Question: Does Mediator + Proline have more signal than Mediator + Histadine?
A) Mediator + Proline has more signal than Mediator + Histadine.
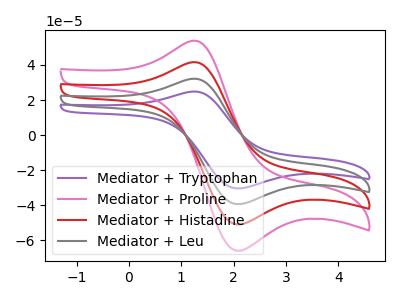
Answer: <think>The purple curve "Mediator + Tryptophan" has an anodic peak at (1.20V, 124.30uA) and a cathodic peak at (2.05V, -152.80uA). The pink curve "Mediator + Proline" has an anodic peak at (1.20V, 53.60uA) and a cathodic peak at (2.05V, -65.95uA). The red curve "Mediator + Histadine" has an anodic peak at (1.20V, 41.45uA) and a cathodic peak at (2.05V, -50.95uA). The gray curve "Mediator + Leu" has an anodic peak at (1.20V, 82.85uA) and a cathodic peak at (2.05V, -101.90uA).
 All the peaks in "Mediator + Proline" have a peak in "Mediator + Histadine" at the same potential. Every peak in "Mediator + Proline" is higher than every peak in "Mediator + Histadine".</think>
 <answer>A) "Mediator + Proline" has more signal than "Mediator + Histadine".</answer>
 <eval>A</eval>